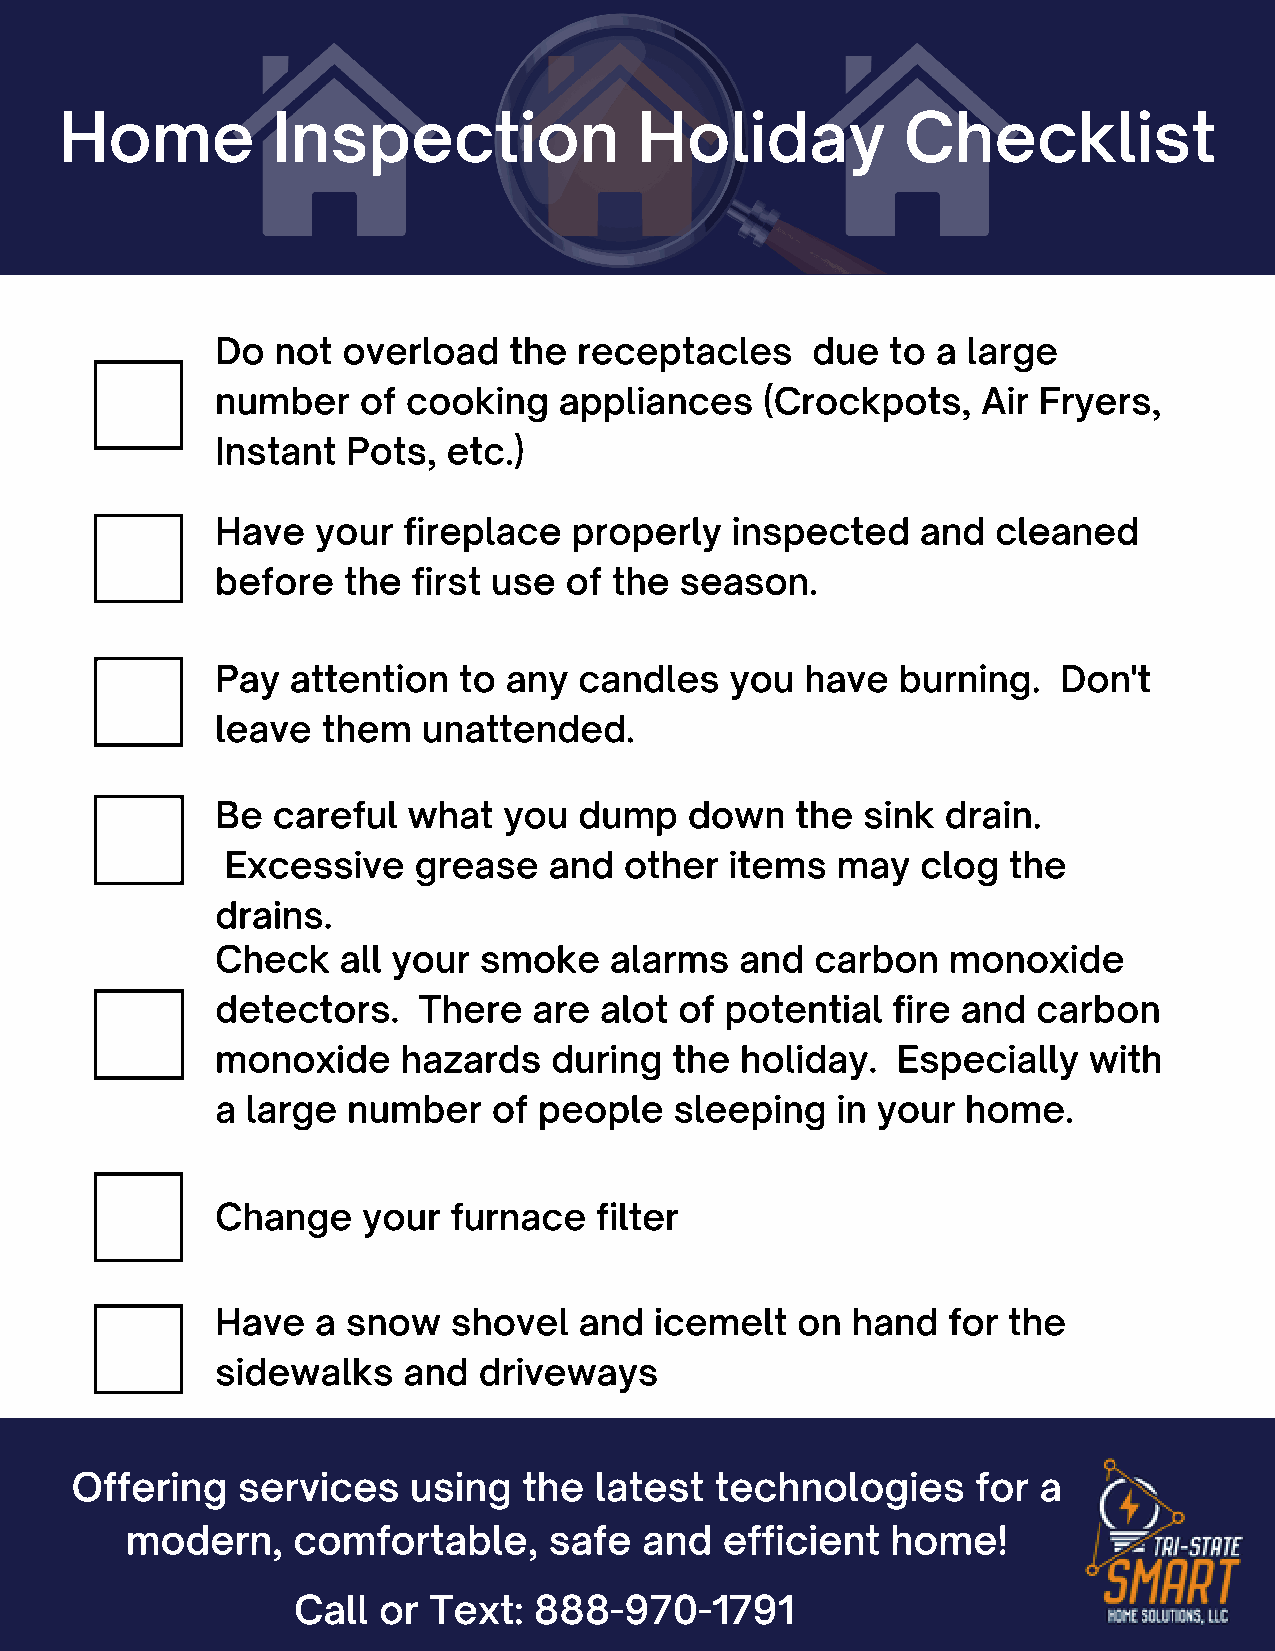
Home          Inspection              Holiday           Checklist
 Do  not  overload   the receptacles     due  to a large
 number    of cooking   appliances    (Crockpots,   Air Fryers,
 Instant  Pots,  etc.)
 Have   your  fireplace  properly  inspected    and  cleaned
 before   the first use of  the season.
 Pay  attention  to any  candles   you  have   burning.  Don't
 leave  them   unattended.
 Be  careful  what  you  dump    down   the sink  drain.
 Excessive   grease   and  other  items  may   clog  the
 drains.
 Check   all your  smoke   alarms   and  carbon   monoxide
 detectors.    There  are  alot of potential  fire and  carbon
 monoxide     hazards  during   the holiday.  Especially   with
 a large  number    of people   sleeping  in your  home.
 Change    your  furnace  filter
 Have   a snow   shovel  and  icemelt   on hand   for the
 sidewalks    and  driveways
 Offering   services   using   the latest  technologies      for a
 modern,    comfortable,     safe   and  efficient  home!
 Call  or Text:  888-970-1791